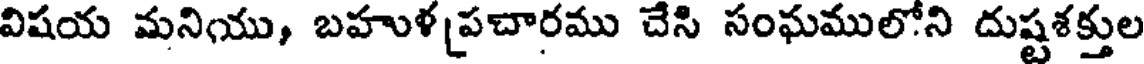
విషయ మనియు, బహుళ [పచారము చేసి సంఘములోని దుష్టశక్తుల